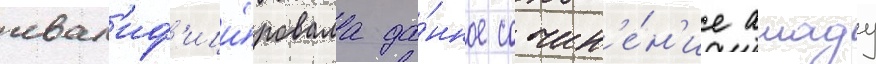
квал'иф'ици́ровала да́нное сочин'е́н'ие амаду